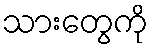
သားတွေကို